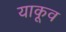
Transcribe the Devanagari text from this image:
याकूव